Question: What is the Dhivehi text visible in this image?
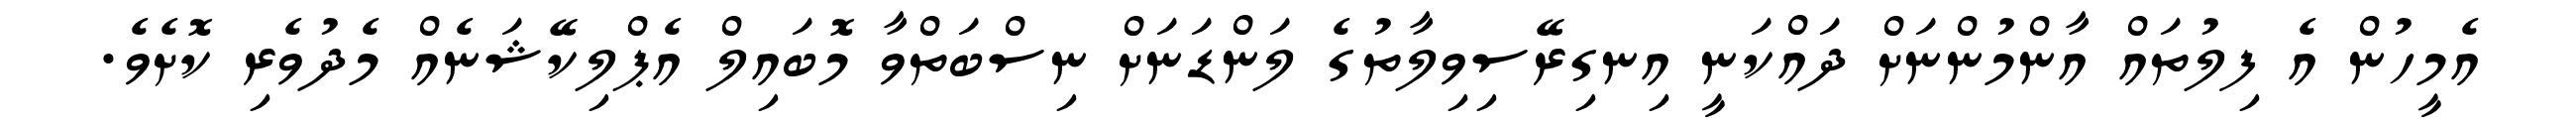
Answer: އެމީހުން އެ ފިލުތައް އާންމުންނަށް ދައްކަނީ އިނގިރޭސިވިލާތުގެ ލަންޑަނަށް ނިސްބަތްވާ މޮބައިލް އެޕްލިކޭޝަނެއް މެދުވެރި ކޮށެވެ.